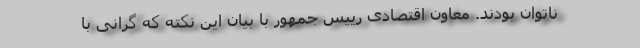
ناتوان بودند. معاون اقتصادی رییس جمهور با بیان این نکته که گرانی با